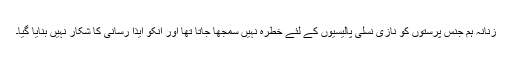
زنانہ ہم جنس پرستوں کو نازی نسلی پالیسیوں کے لئے خطرہ نہیں سمجھا جاتا تھا اور انکو ایذا رسانی کا شکار نہیں بنایا گیا۔